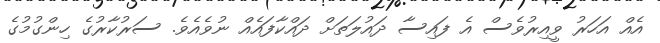
އެއް އަހަރު ވީއިރުވެސް އެ ފައިސާ ދައުލަތަށް ދައްކާފައެއް ނުވެއެވެ. ސަރުކާރުގެ ހިންގުމުގެ